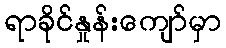
ရာခိုင်နှုန်းကျော်မှာ